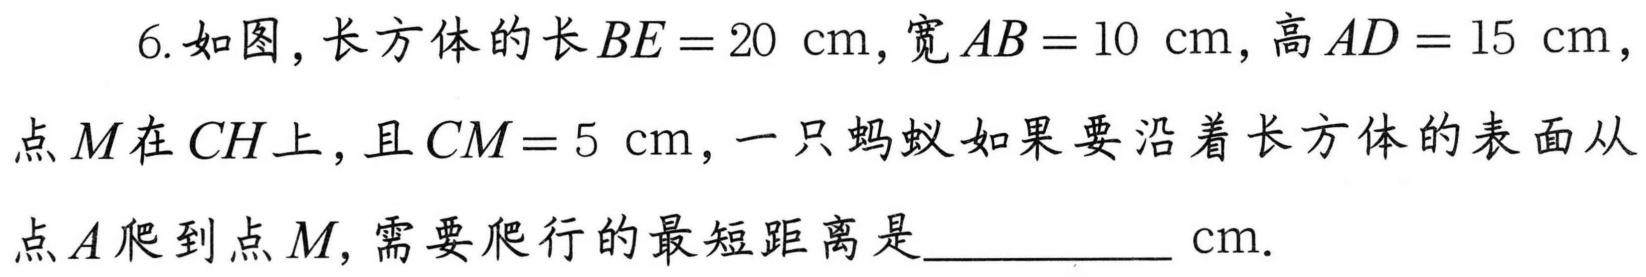
6. 如图，长方体的长\(BE = 20\space \mathrm{cm}\)，宽\(AB = 10\space \mathrm{cm}\)，高\(AD = 15\space \mathrm{cm}\)，点\(M\)在\(CH\)上，且\(CM = 5\space \mathrm{cm}\)，一只蚂蚁如果要沿着长方体的表面从点\(A\)爬到点\(M\)，需要爬行的最短距离是____________ \(\mathrm{cm}\).